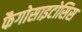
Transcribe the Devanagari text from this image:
फैगोसाइटोसिस